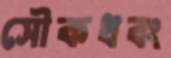
সৌকধবং